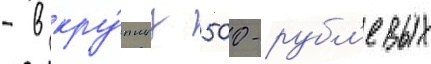
- в кру́пных 500-рубл'евых